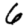
Digit: 6